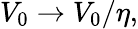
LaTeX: V_{0}\to V_{0}/\eta,